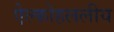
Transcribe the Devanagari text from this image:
ऐल्कोहललीय